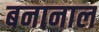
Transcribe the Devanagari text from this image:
बनानाल